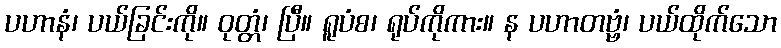
ပဟာနံ၊ ပယ်ခြင်းကို။ ဝုတ္တံ၊ ပြီ။ ရူပံစ၊ ရုပ်ကိုကား။ န ပဟာတဗ္ဗံ၊ ပယ်ထိုက်သော